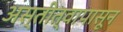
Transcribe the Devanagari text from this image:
अस्तीत्वापासून